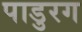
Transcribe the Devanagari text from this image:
पाडुरग